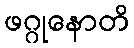
ဖဂ္ဂုနောတိ